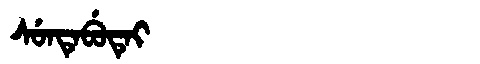
Manchu: ᠰᡠᠨᡨᡝᠪᡠᡨᡝᡳ
Romanization: SUNTEBUTEI